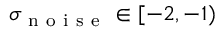
\sigma _ { \mathrm { ~ n ~ o ~ i ~ s ~ e ~ } } \in [ - 2 , - 1 )